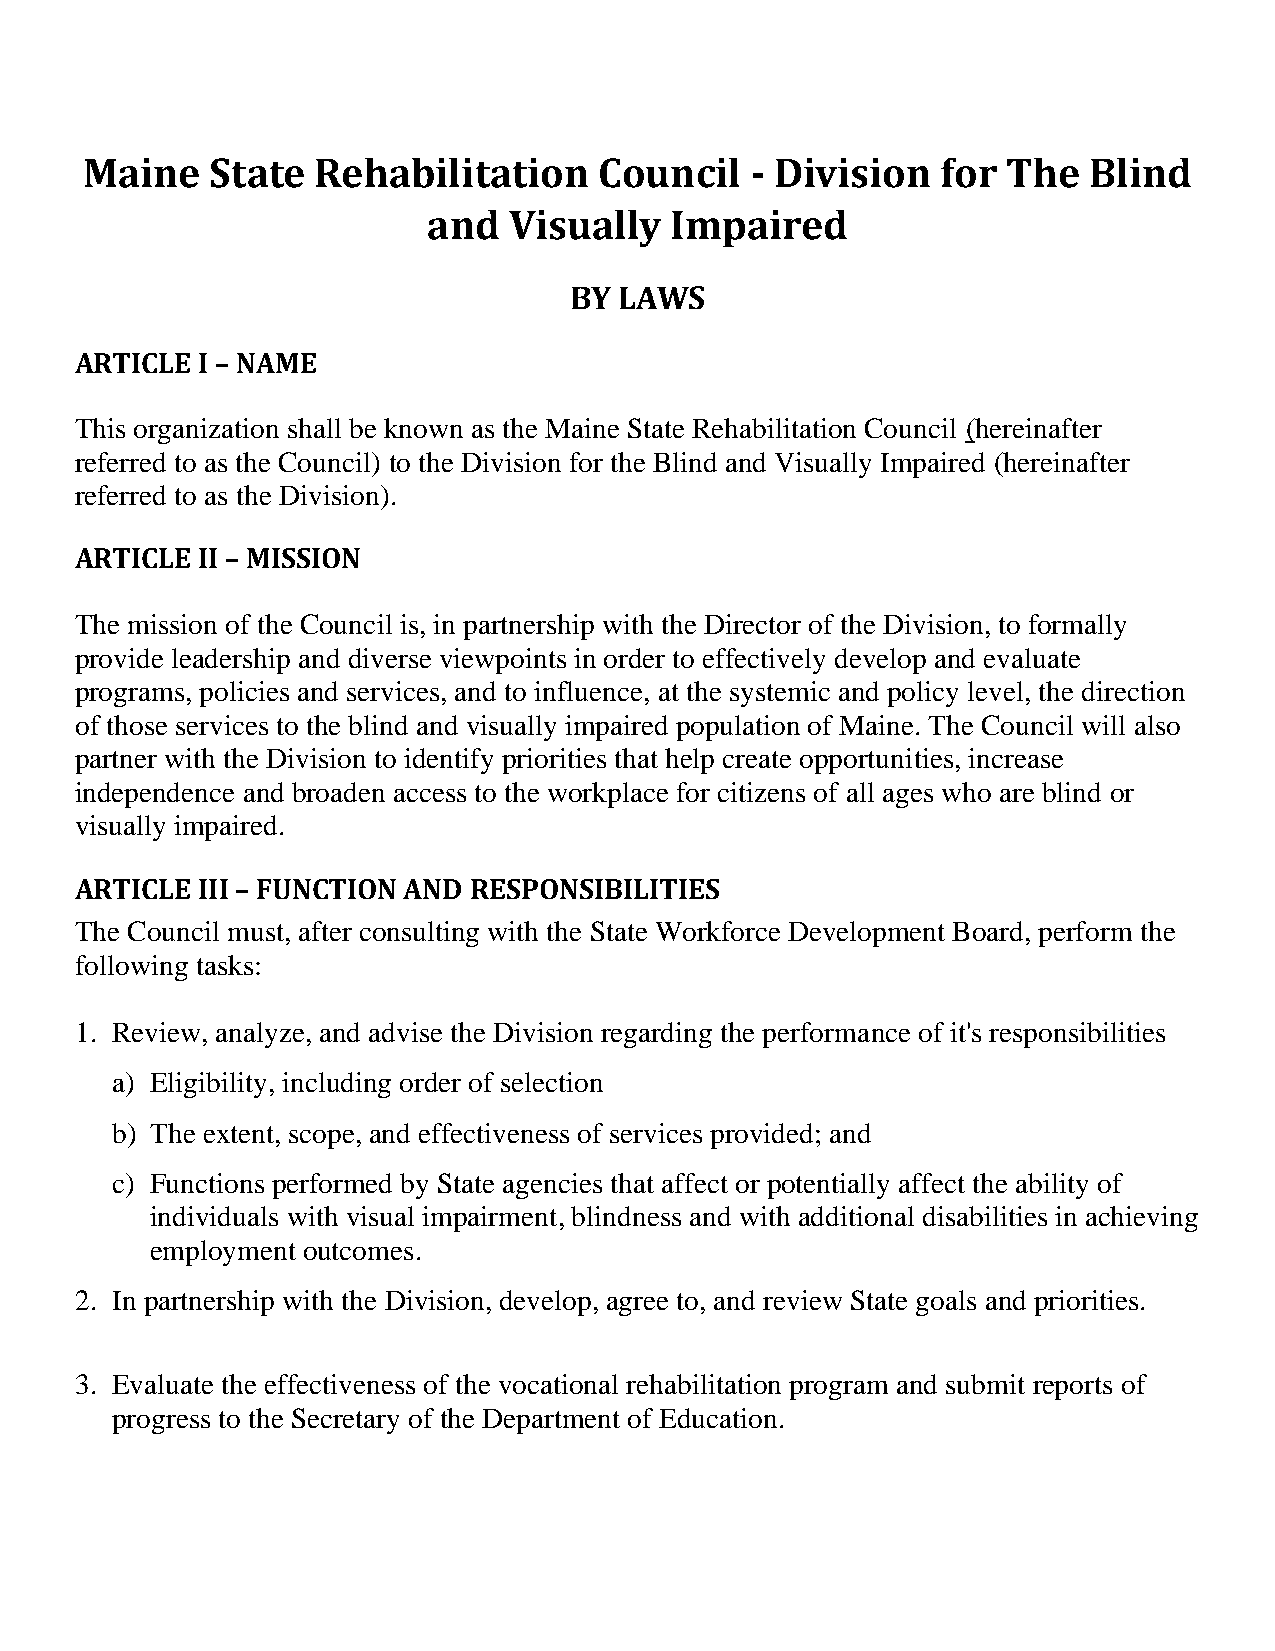
Maine    State  Rehabilitation     Council   - Division  for  The  Blind
 and   Visually  Impaired
 BY LAWS
 ARTICLE I – NAME
 This organization shall be known as the Maine State Rehabilitation Council (hereinafter
 referred to as the Council) to the Division for the Blind and Visually Impaired (hereinafter
 referred to as the Division).
 ARTICLE II – MISSION
 The mission of the Council is, in partnership with the Director of the Division, to formally
 provide leadership and diverse viewpoints in order to effectively develop and evaluate
 programs, policies and services, and to influence, at the systemic and policy level, the direction
 of those services to the blind and visually impaired population of Maine. The Council will also
 partner with the Division to identify priorities that help create opportunities, increase
 independence and broaden access to the workplace for citizens of all ages who are blind or
 visually impaired.
 ARTICLE III – FUNCTION AND RESPONSIBILITIES
 The Council must, after consulting with the State Workforce Development Board, perform the
 following tasks:
 1. Review, analyze, and advise the Division regarding the performance of it's responsibilities
 a) Eligibility, including order of selection
 b) The extent, scope, and effectiveness of services provided; and
 c) Functions performed by State agencies that affect or potentially affect the ability of
 individuals with visual impairment, blindness and with additional disabilities in achieving
 employment outcomes.
 2. In partnership with the Division, develop, agree to, and review State goals and priorities.
 3. Evaluate the effectiveness of the vocational rehabilitation program and submit reports of
 progress to the Secretary of the Department of Education.